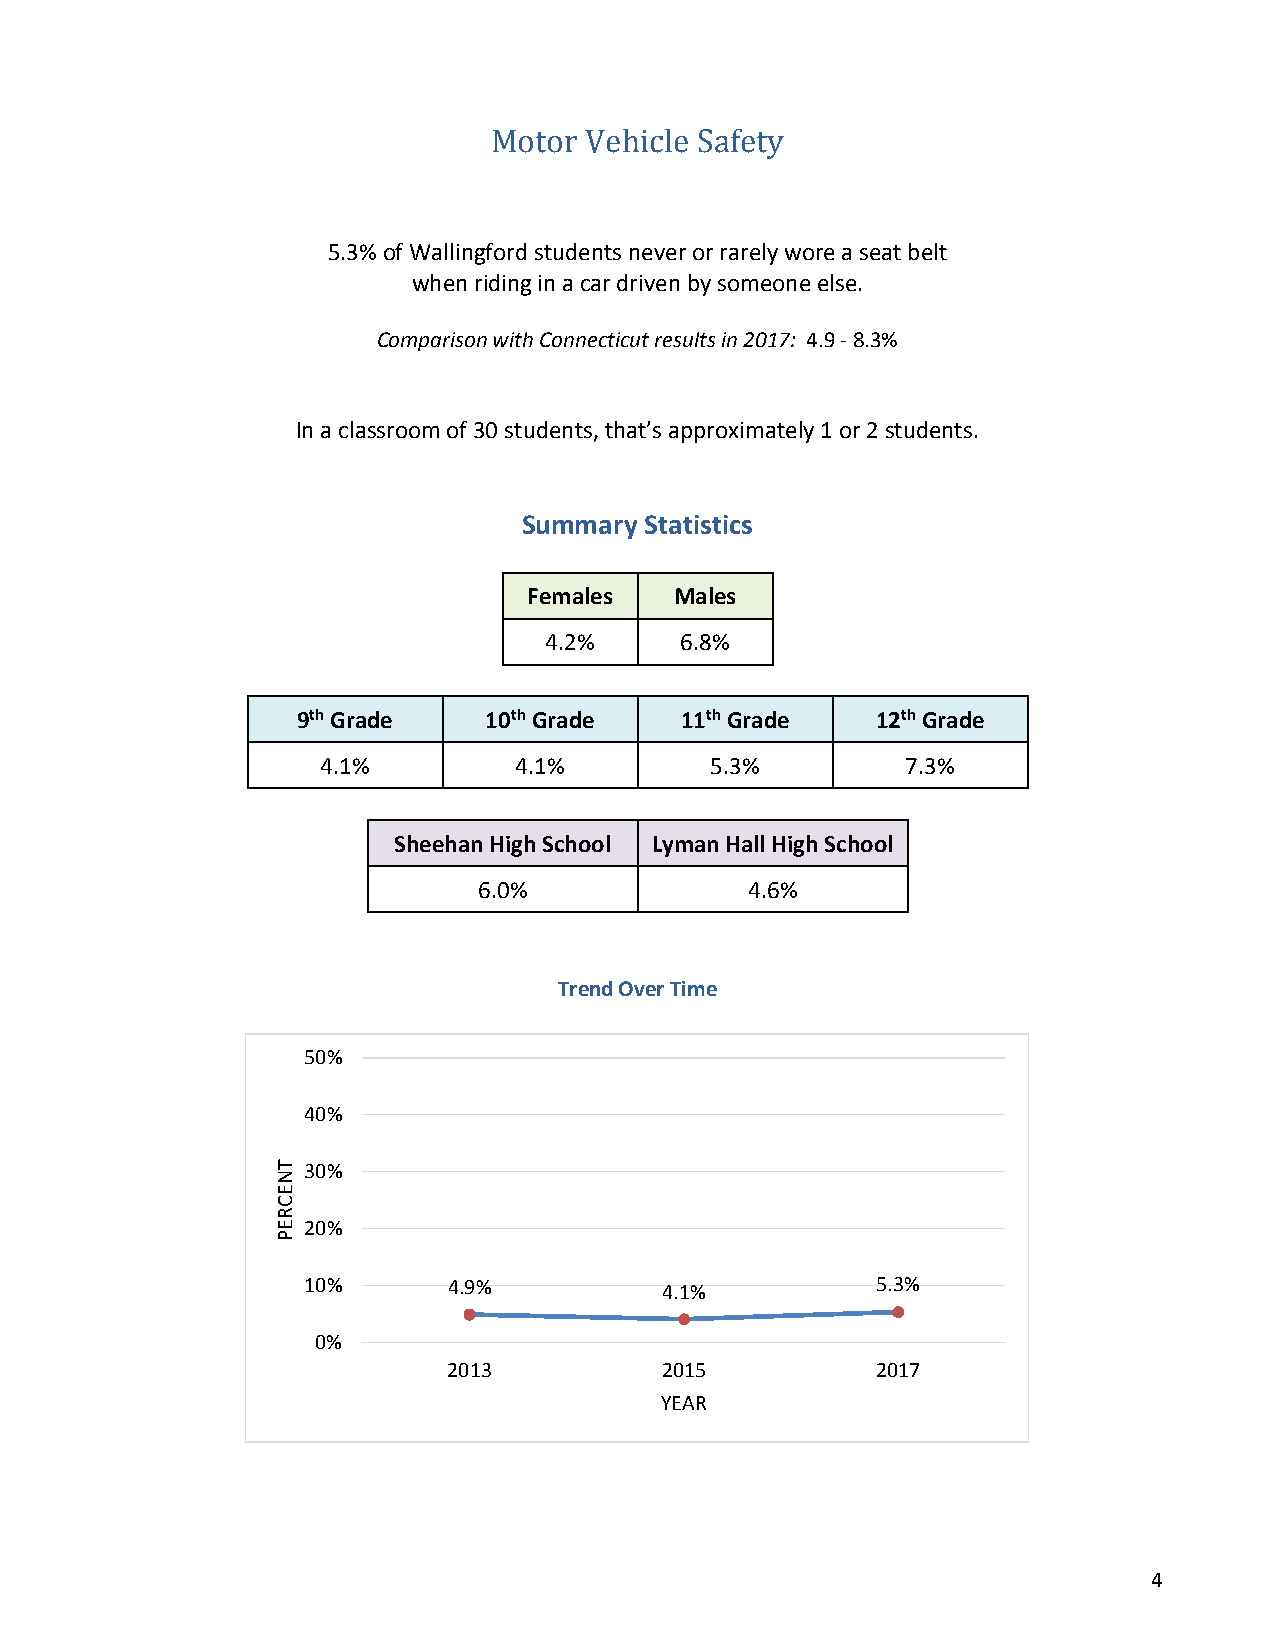
Motor  Vehicle Safety
 5.3% of Wallingford students never or rarely wore a seat belt
 when riding in a car driven by someone else.
 Comparison with Connecticut results in 2017: 4.9 - 8.3%
 In a classroom of 30 students, that’s approximately 1 or 2 students.
 Summary Statistics
 Females   Males
 4.2%     6.8%
 9th Grade   10th Grade   11th Grade   12th Grade
 4.1%         4.1%         5.3%         7.3%
 Sheehan High School Lyman Hall High School
 6.0%              4.6%
 Trend Over Time
 50%
 40%
 30%
 20%
 10%       44..99%%      44..11%%      55..33%%
 0%
 2013          2015          2017
 YEAR
 4
 TNECREP